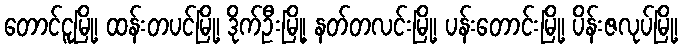
တောင်ငူမြို့၊ ထန်းတပင်မြို့၊ ဒိုက်ဦးမြို့၊ နတ်တလင်းမြို့၊ ပန်းတောင်းမြို့၊ ပိန်းဇလုပ်မြို့၊